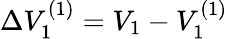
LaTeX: \Delta V_{1}^{(1)}={V_{1}}-V_{1}^{(1)}